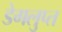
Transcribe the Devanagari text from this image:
डेगलुप्त